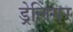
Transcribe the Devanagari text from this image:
ड्रेलिंगर